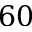
6 0